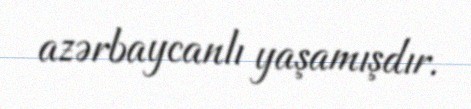
azərbaycanlı yaşamışdır.